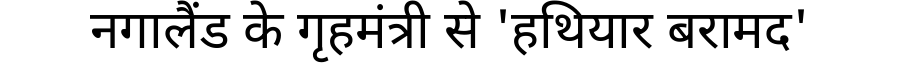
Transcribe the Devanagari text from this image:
नगालैंड के गृहमंत्री से 'हथियार बरामद'